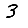
Digit: 3